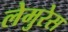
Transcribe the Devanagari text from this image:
लेमुरेस